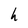
Character: h